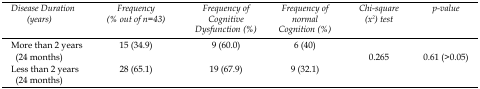
| Disease Duration (years) | Frequency (% out of n=43) | Frequency of Cognitive Dysfunction (%) | Frequency of normal Cognition (%) | Chi-square (x2) test | p-value |
 | --- | --- | --- | --- | --- | --- |
 | More than 2 years (24 months) | 15 (34.9) | 9 (60.0) | 6 (40) | <ROWSPAN=2> 0.265 | <ROWSPAN=2> 0.61 (>0.05) |
 | Less than 2 years (24 months) | 28 (65.1) | 19 (67.9) | 9 (32.1) |